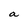
Character: a